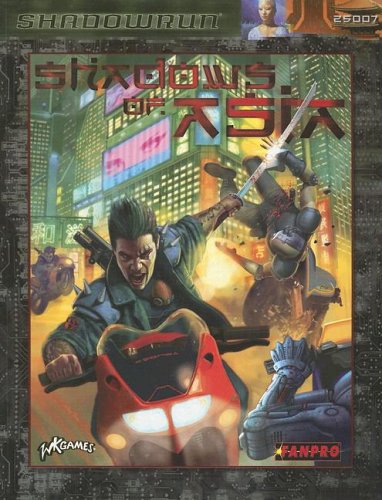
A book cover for Shadowrun: Shadows of Asia (FPR25007) (Shadowrun (Fanpro)); FanPro; Science Fiction & Fantasy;